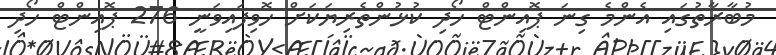
މުބާރާތުގައި އެންމެ ގިނަ ޕޮއިންޓް ހޯދި ކުޅުންތެރިޔަކަށް ހޮވިފައިވަނީ 276 ޕޮއިންޓް ހޯދި